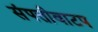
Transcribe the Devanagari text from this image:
संपत्तीवाटप